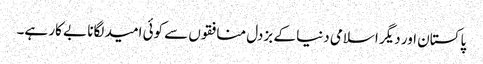
پاکستان اور دیگر اسلامی دنیا کے بزدل منافقوں سے کوئی امید لگانا بے کار ہے۔